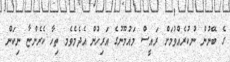
ގެ ބޭނުން ނުކުރެއްވުމަށް ރައީސް މައުމޫނުގެ އަރިހުން އެދެމެވެމ ތިހާ ކެރެންޏާ ނިކަން